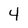
Character: 4